Report of the Indian Hemp Drugs Commission, 1894-1895 - Volume VI
Year: 1894
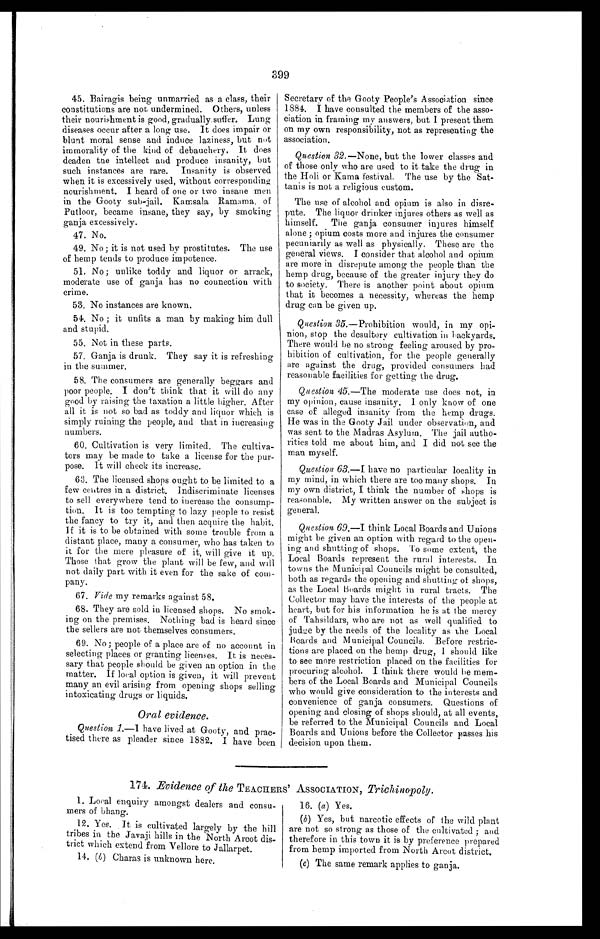
399
45. Bairagis being unmarried as a class, their
constitutions are not undermined. Others, unless
their nourishment is good, gradually suffer. Lung
diseases occur after a long use. It does impair or
blunt moral sense and induce laziness, but not
immorality of the kind of debauchery. It does
deaden the intellect and produce insanity, but
such instances are rare. Insanity is observed
when it is excessively used, without corresponding
nourishment. I beard of one or two insane men
in the Gooty sub-jail. Kamsala Ramama, of
Putloor, became insane, they say, by smoking
ganja excessively.
47. No.
49. No; it is not used by prostitutes. The use
of hemp tends to produce impotence.
51. No; unlike toddy and liquor or arrack,
moderate use of ganja has no connection with
crime.
53. No instances are known.
54. No ; it unfits a man by making him dull
and stupid.
55. Not in these parts.
57. Ganja is drunk. They say it is refreshing
in the summer.
58. The consumers are generally beggars and
poor people. I don't think that it will do any
good by raising the taxation a little higher. After
all it is not so bad as toddy and liquor which is
simply ruining the people, and that in increasing
numbers.
60. Cultivation is very limited. The cultiva-
tors may be made to take a license for the pur-
pose. It will check its increase.
63. The licensed shops ought to be limited to a
few centres in a district. Indiscriminate licenses
to sell everywhere tend to increase the consump-
tion. It is too tempting to lazy people to resist
the fancy to try it, and then acquire the habit.
If it is to be obtained with some trouble from a
distant place, many a consumer, who has taken to
it for the mere pleasure of it, will give it up.
Those that grow the plant will be few, and will
not daily part with it even for the sake of com-
pany.
67. Vide my remarks against 58.
68. They are sold in licensed shops. No smok-
ing on the premises. Nothing bad is heard since
the sellers are not themselves consumers.
69. No; people of a place are of no account in
selecting places or granting licenses. It is neces-
sary that people should be given an option in the
matter. If local option is given, it will prevent
many an evil arising from opening shops selling
intoxicating drugs or liquids.
Oral evidence.
Question 1 .—1 have lived at Gooty, and prac-
tised there as pleader since 1882. I have been
Secretary of the Gooty People's Association since
1884. I have consulted the members of the asso-
ciation in framing my answers, but I present them
on my own responsibility, not as representing the
association.
Question 32 .—None, but the lower classes and
of those only who are used to it take the drug in
the Holi or Kama festival. The use by the Sat-
tanis is not a religious custom.
The use of alcohol and opium is also in disre-
pute. The liquor drinker injures others as well as
himself. The ganja consumer in j ures himself
alone; opium costs more and injures the consumer
pecuniarily as well as physically. These are the
general views. I consider that alcohol and opium
are more in disrepute among the people than the
hemp drug, because of the greater injury they do
to society. There is another point about opium
that it becomes a necessity, whereas the hemp
drug can be given up.
Question 35.—Prohibition would, in my opi-
nion, stop the desultory cultivation in backyards.
There would be no strong feeling aroused by pro-
hibition of cultivation, for the people generally
are against the drug, provided consumers had
reasonable facilities for getting the drug.
Question 45.—The moderate use does not, in
my opinion, cause insanity. I only know of one
case of alleged insanity from the hemp drags.
He was in the Gooty Jail under observation, and
was sent to the Madras Asylum. The jail autho-
rities told me about him, and I did not see the
man myself.
Question 63.—I have no particular locality in
my mind, in which there are too many shops. In
my own district, I think the number of shops is
reasonable. My written answer on the subject is
general.
Question 69 .—I think Local Boards and Unions
might be given an option with regard to the open-
ing and shutting of shops. To some extent, the
Local Boards represent the rural interests. In
towns the 'Municipal Councils might be consulted,
both as regards the opening and shutting of shops,
as the Local Boards might in rural tracts. The
Collector may have the interests of the people at
heart, but for his information he is at the mercy
of Tahsildars, who are not as well qualified to
judge by the needs of the locality as the Local
Boards and Municipal Councils. Before restric-
tions are placed on the hemp drug, I should like
to see more restriction placed on the facilities for
procuring alcohol. I think there would be mem-
bers of the Local Boards and Municipal Councils
who would give consideration to the interests and
convenience of ganja consumers. Questions of
opening and closing of shops should, at all events,
be referred to the Municipal Councils and Local
Boards and Unions before the Collector passes his
decision upon them.
174. Evidence of the TEACHERS' ASSOCIATION, Trichinopoly.
1. Local enquiry amongst dealers and consu-
mers of bhang.
12. Yes. It is cultivated largely by the hill
tribes in the Javaji hills in the North Arcot dis-
trict which extend from Vellore to Jallarpet.
14. ( b ) Charas is unknown here.
16 . ( a ) Yes.
(b) Yes, but narcotic effects of the wild plant
are not so strong as those of the cultivated ; and
therefore in this town it is by preference prepared
from hemp imported from North Arcot district.
(c) The same remark applies to ganja.